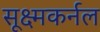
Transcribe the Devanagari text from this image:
सूक्ष्मकर्नल